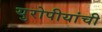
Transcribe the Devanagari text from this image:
युरोपीयांची